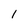
Character: 1